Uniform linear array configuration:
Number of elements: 64
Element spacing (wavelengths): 0.75
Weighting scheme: blackman
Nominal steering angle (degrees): -60
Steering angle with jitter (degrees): -59.129
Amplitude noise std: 0.05
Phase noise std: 0.05

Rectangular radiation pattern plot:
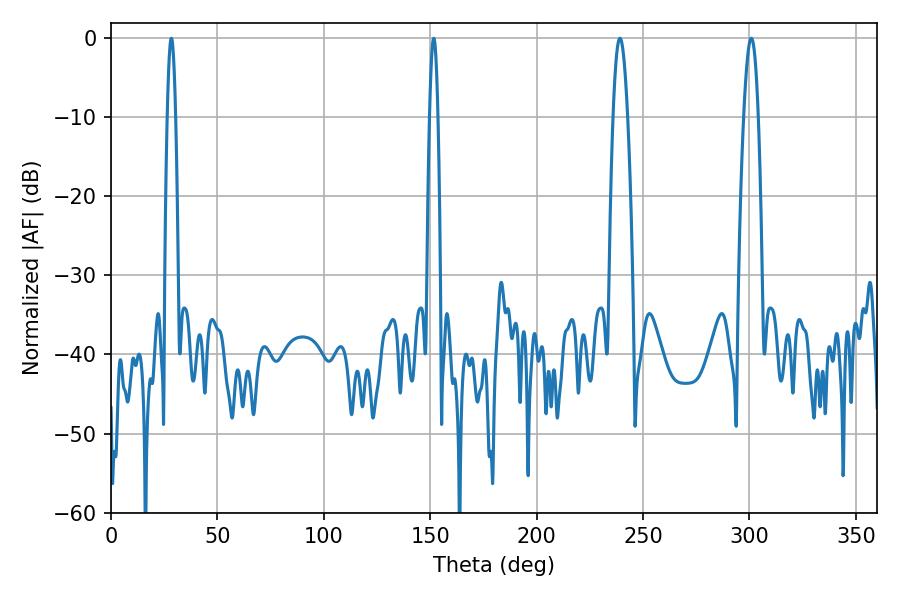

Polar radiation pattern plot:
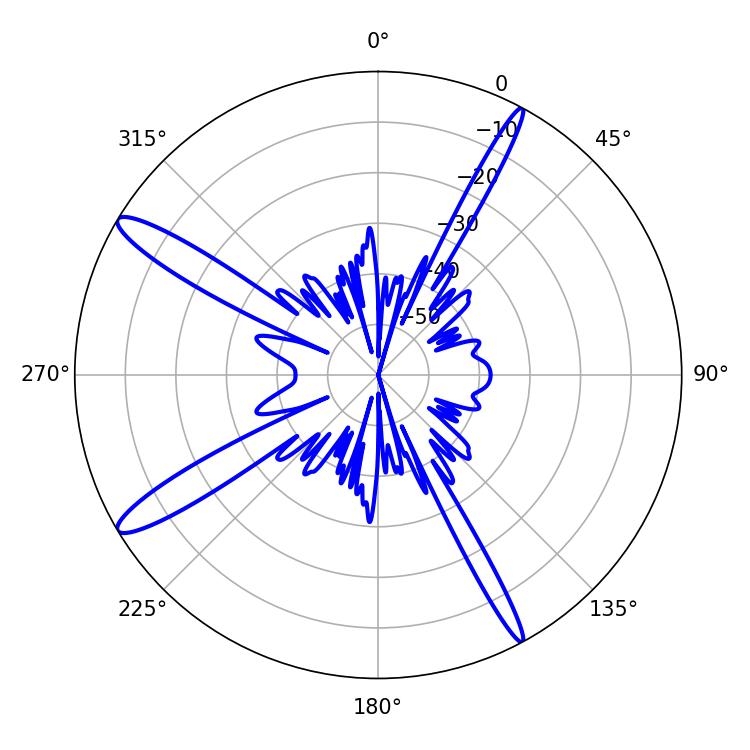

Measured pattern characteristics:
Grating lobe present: TRUE
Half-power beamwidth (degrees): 3.6
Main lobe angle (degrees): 300.78